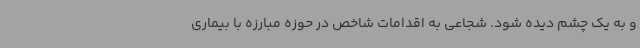
و به یک چشم دیده شود. شجاعی به اقدامات شاخص در حوزه مبارزه با بیماری